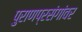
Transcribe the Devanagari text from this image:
पुराणप्रसंगांवर